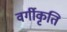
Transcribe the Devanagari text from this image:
वर्गीकृति